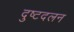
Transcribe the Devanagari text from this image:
दुष्टदलन